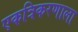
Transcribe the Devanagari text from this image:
एकत्रिकरणाला